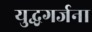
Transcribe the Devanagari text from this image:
युद्धगर्जना